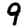
Digit: 9